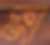
ম